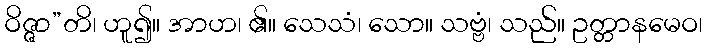
ဝိဇ္ဇာ”တိ၊ ဟူ၍။ အာဟ၊ ၏။ သေသံ၊ သော။ သဗ္ဗံ၊ သည်။ ဥတ္တာနမေဝ၊